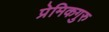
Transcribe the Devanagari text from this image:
प्रेमिकगुरु